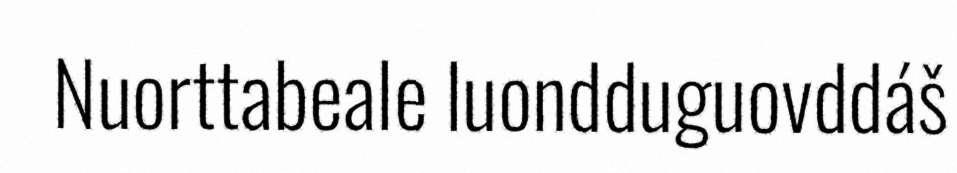
Nuorttabeale luondduguovddáš